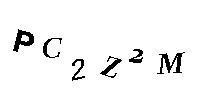
PC2Z2M